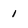
Character: 1